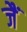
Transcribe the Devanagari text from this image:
जैं